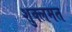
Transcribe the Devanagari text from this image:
शुक्लमत